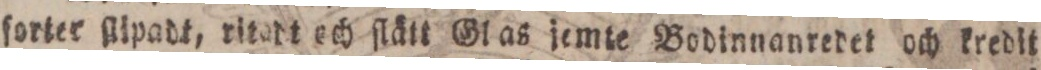
forter ſlipadt, ritadt och ſlätt Glas jemte Bodinnanredet och kredit